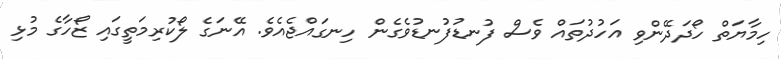
ހިމާޔަތް ހޯދަދޭންވި އަހުދުތައް ވެސް ފުނޑުފުނޑުވެގެން ހިނގައްޖެއެވެ. އޭނަގެ ލޯކުރިމަތީގައި ޒޯހާގެ މުޅި